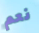
نعم